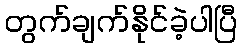
တွက်ချက်နိုင်ခဲ့ပါပြီ